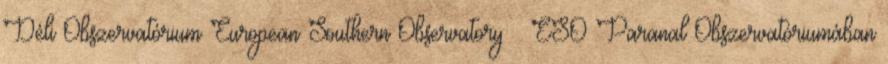
Déli Obszervatórium European Southern Observatory – ESO Paranal Obszervatóriumában